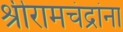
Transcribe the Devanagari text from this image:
श्रीरामचंद्रांना